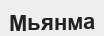
Мьянма